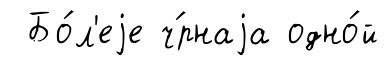
Бо́л'еjе ч́рнаjа одно́й